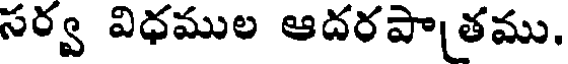
సర్వ విధముల ఆదరపాతము,